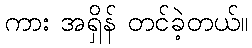
ကား အရှိန် တင်ခဲ့တယ်။